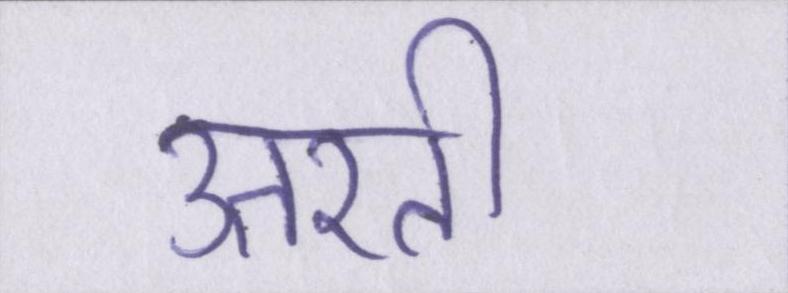
उतरती